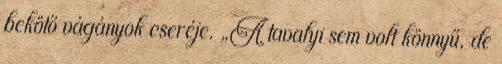
bekötő vágányok cseréje. „A tavalyi sem volt könnyű, de